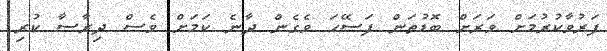
ފަރުވާކުރުމަށް ވަރަށް ބޮޑުތަން ފަސޭހަ ވެގެން ދާނެ ކަމަށް ވެސް ދިރާސާ ކުރި